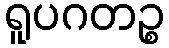
ရူပဂတဉ္စ